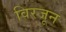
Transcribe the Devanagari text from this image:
विरजून